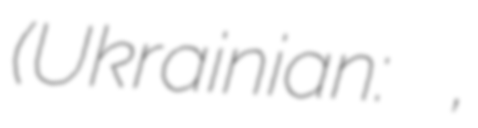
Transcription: (Ukrainian: Микулинці,